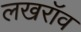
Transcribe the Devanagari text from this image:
लखरॉव